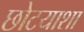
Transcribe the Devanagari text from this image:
छोटयाशा